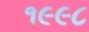
૧૯૯૮